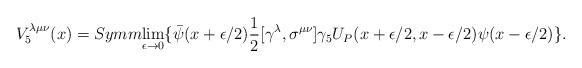
LaTeX: \begin{align*}V^{\lambda \mu \nu}_5(x)=Symm {\lim_{\epsilon \rightarrow 0 }}\{ \bar{\psi}(x+ \epsilon /2)\frac{1}{2} [\gamma ^{\lambda},\sigma^{\mu \nu}]\gamma_5 U_P(x+ \epsilon /2, x - \epsilon /2) \psi (x - \epsilon /2)\} .\end{align*}